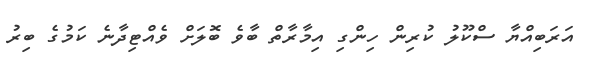
އަރަބިއްޔާ ސްކޫލު ކުރިން ހިންގި އިމާރާތް ބާވެ ބޮލަށް ވެއްޓިދާނެ ކަމުގެ ބިރު